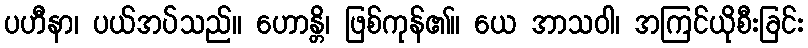
ပဟီနာ၊ ပယ်အပ်သည်။ ဟောန္တိ၊ ဖြစ်ကုန်၏။ ယေ အာသဝါ၊ အကြင်ယိုစီးခြင်း